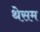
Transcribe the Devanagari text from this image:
थेसम